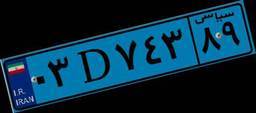
۳۰D۳۰۶۰۳